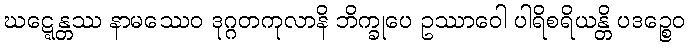
ဃဋ္ဋေန္တဿ နာမဿေဝ ဒုဂ္ဂတကုလာနိ ဘိက္ခုပေ ဥဿာဝေါ ပါရိစရိယန္တိ ပဒဉ္စေဝ